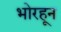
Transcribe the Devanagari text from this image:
भोरहून